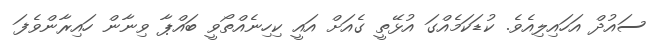
ސައުދް އަހައިލިއެވެ. ކުޑަކަމެއްގަ އުޅޭތީ ގެއަށް އައީ ކިހިނެއްތޯވީ ބައްޕާ ވިނާން ހައިރާންވެފަ